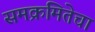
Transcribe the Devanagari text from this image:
समक्रमितेचा